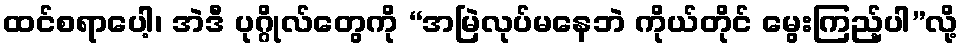
ထင်စရာပေါ့၊ အဲဒီ ပုဂ္ဂိုလ်တွေကို “အမြဲလုပ်မနေဘဲ ကိုယ်တိုင် မွေးကြည့်ပါ”လို့